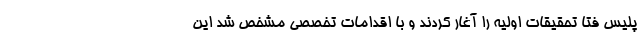
پلیس فتا تحقیقات اولیه را آغار کردند و با اقدامات تخصصی مشخص شد این